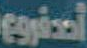
أصفروع